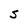
Character: S